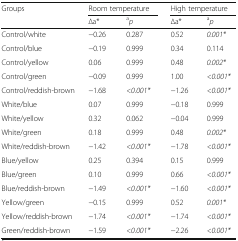
<table><thead><tr><td rowspan="2"><b>Groups</b></td><td colspan="2"><b>Room temperature</b></td><td colspan="2"><b>High temperature</b></td></tr><tr><td><b>∆a*</b></td><td><b><sup>a</sup><i>p</i></b></td><td><b>∆a*</b></td><td><b><sup>a</sup><i>p</i></b></td></tr></thead><tbody><tr><td>Control/white</td><td>−0.26</td><td>0.287</td><td>0.52</td><td><i>0.001*</i></td></tr><tr><td>Control/blue</td><td>−0.19</td><td>0.999</td><td>0.34</td><td>0.114</td></tr><tr><td>Control/yellow</td><td>0.06</td><td>0.999</td><td>0.48</td><td><i>0.002*</i></td></tr><tr><td>Control/green</td><td>−0.09</td><td>0.999</td><td>1.00</td><td><i>&lt;0.001*</i></td></tr><tr><td>Control/reddish-brown</td><td>−1.68</td><td><i>&lt;0.001*</i></td><td>−1.26</td><td><i>&lt;0.001*</i></td></tr><tr><td>White/blue</td><td>0.07</td><td>0.999</td><td>−0.18</td><td>0.999</td></tr><tr><td>White/yellow</td><td>0.32</td><td>0.062</td><td>−0.04</td><td>0.999</td></tr><tr><td>White/green</td><td>0.18</td><td>0.999</td><td>0.48</td><td><i>0.002*</i></td></tr><tr><td>White/reddish-brown</td><td>−1.42</td><td><i>&lt;0.001*</i></td><td>−1.78</td><td><i>&lt;0.001*</i></td></tr><tr><td>Blue/yellow</td><td>0.25</td><td>0.394</td><td>0.15</td><td>0.999</td></tr><tr><td>Blue/green</td><td>0.10</td><td>0.999</td><td>0.66</td><td><i>&lt;0.001*</i></td></tr><tr><td>Blue/reddish-brown</td><td>−1.49</td><td><i>&lt;0.001*</i></td><td>−1.60</td><td><i>&lt;0.001*</i></td></tr><tr><td>Yellow/green</td><td>−0.15</td><td>0.999</td><td>0.52</td><td><i>0.001*</i></td></tr><tr><td>Yellow/reddish-brown</td><td>−1.74</td><td><i>&lt;0.001*</i></td><td>−1.74</td><td><i>&lt;0.001*</i></td></tr><tr><td>Green/reddish-brown</td><td>−1.59</td><td><i>&lt;0.001*</i></td><td>−2.26</td><td><i>&lt;0.001*</i></td></tr></tbody></table>